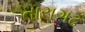
તારાગઢ